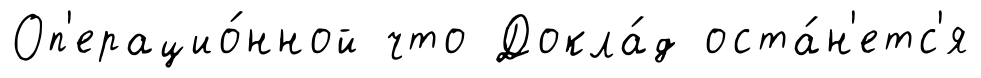
Оп'ерацио́нной что Докла́д оста́н'етс'я